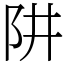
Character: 阱